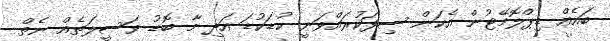
ބައެއް ޑިޕްލޮމޭޓުން އެކަން ސިފަކުރައްވަނީ ކުޑަކުޑަ އަދި މާ ބޮޑު ވަސީލަތެއް ނެތް